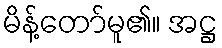
မိန့်တော်မူ၏။ အဋ္ဌ